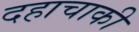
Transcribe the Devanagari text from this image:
दहाचाकी